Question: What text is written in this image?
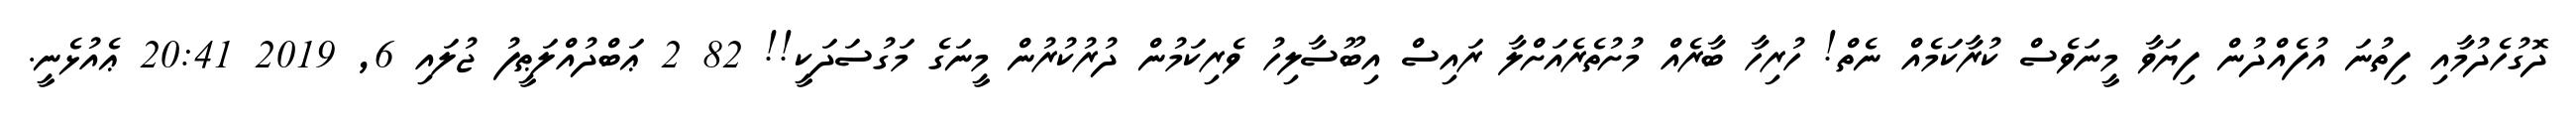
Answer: ދޮގުހެދުމާއި ފިތުނަ އުފެއްދުން ފިޔަވާ މީނަވެސް ކުރާކަމެއް ނެތް! ހުރިހާ ބާރެއް މުށުތެރެއަށްލާ ރައިސް އިބޫސާލިހު ވެރިކަމުން ދުރުކުރުން މީނަގެ މަގުސަދަކީ!! 82 2 ޢަބްދުއްލަޠީފު ޖުލައި 6, 2019 20:41 ޢެއުޅެނީ.